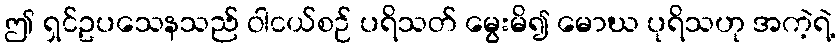
ဤ ရှင်ဥပသေနသည် ဝါငယ်စဉ် ပရိသတ် မွေးမိ၍ မောဃ ပုရိသဟု အကဲ့ရဲ့